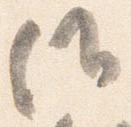
候